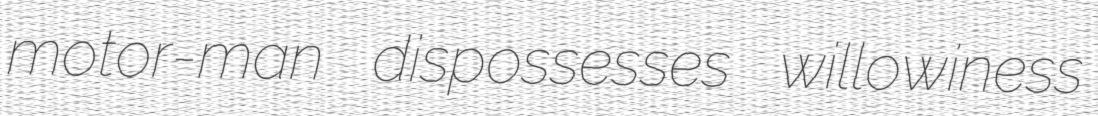
motor-man dispossesses willowiness